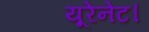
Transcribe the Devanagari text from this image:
यूरेनेट।